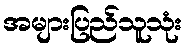
အများပြည်သူသုံး